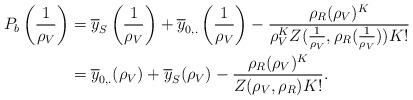
LaTeX: \begin{align*}P_b\left(\frac{1}{\rho_V}\right) &= \overline{y}_S\left(\frac{1}{\rho_V}\right) + \overline{y}_{0,.}\left(\frac{1}{\rho_V}\right)-\frac{\rho_R(\rho_V)^K}{\rho_V^K Z(\frac{1}{\rho_V}, \rho_R(\frac{1}{\rho_V}))K!}\\ &= \overline{y}_{0,.}(\rho_V) + \overline{y}_S(\rho_V) -\frac{\rho_R(\rho_V)^K}{Z(\rho_V, \rho_R)K!}.\end{align*}